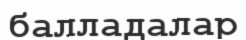
балладалар